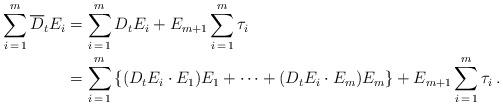
LaTeX: \begin{align*}\sum_{i\, =\, 1}^{m} \overline{D}_{t}E_{i}&=\sum_{i \, =\, 1}^{m} D_{t}E_{i}+ E_{m+1}\sum_{i \,=\, 1}^{m}\tau_{i} \\&= \sum_{i \, =\, 1}^{m} \left\{ (D_{t}E_{i} \cdot E_{1}) E_{1} + \dotsb + (D_{t}E_{i} \cdot E_{m}) E_{m}\right\} + E_{m+1}\sum_{i \,=\, 1}^{m}\tau_{i} \,.\end{align*}